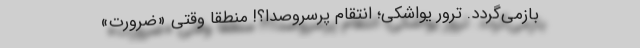
بازمی‌گردد. ترورِ یواشکی؛ انتقامِ پُرسروصدا؟! منطقاً وقتی «ضرورتِ»